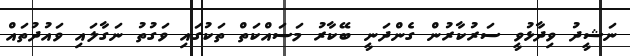
ނަޝީދު ވިދާޅުވީ ސަރުކާރުން ގެންދަނީ ބޭކާރު މަސައްކަތް ތަކުގައި ވަގުތު ނަގާލައި ވައުދުތައް